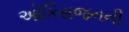
ઓકિસજનની